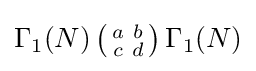
\Gamma _{1}(N)\left({\begin{smallmatrix}a&b\\c&d\end{smallmatrix}}\right)\Gamma _{1}(N)